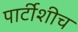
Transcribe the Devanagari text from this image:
पार्टीशीच